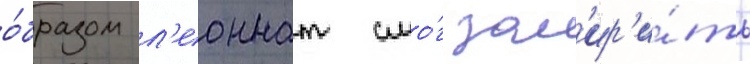
о́бразом л'еоннат смо́г зам'ир'и́ть